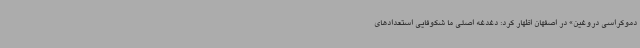
دموکراسی دروغین» در اصفهان اظهار کرد: دغدغه اصلی ما شکوفایی استعدادهای